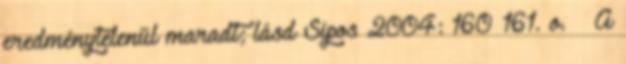
eredménytelenül maradt; lásd Sipos 2004: 160–161. o. ↑ A